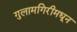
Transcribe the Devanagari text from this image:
गुलामगिरीमधून